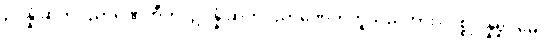
ဥပ္ပန္နံ ဆဟိဝိညာဏေဟီတိ၊ ဥပ္ပန္နံ ဆဟိဝိညာဏေဟိဟူသည်ကား။ ပစ္စုပ္ပန္နရူပမေဝ၊